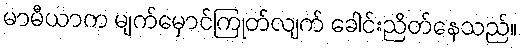
မာမီယာက မျက်မှောင်ကြုတ်လျက် ခေါင်းညိတ်နေသည်။